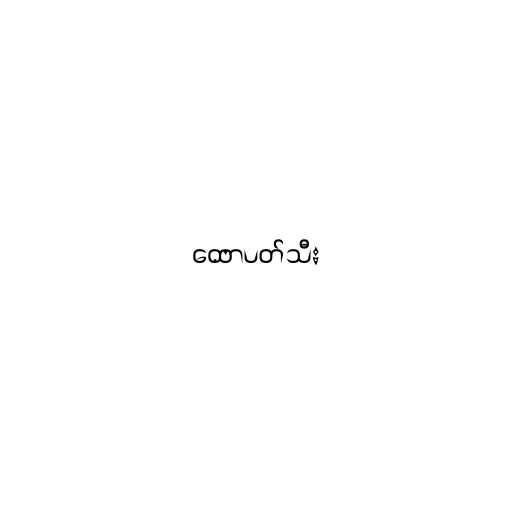
ထောပတ်သီး